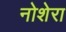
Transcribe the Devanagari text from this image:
नोशेरा